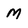
Character: M